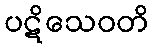
ပဋိသေဝတိ